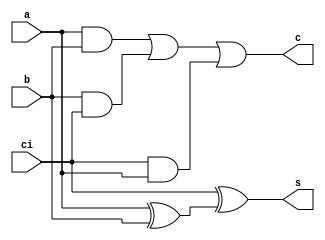
module fa(output c,s,input a,b,ci);

wire w1;

xor(w1,a,b);
xor(s,ci,w1);
or(c,a&b,b&ci,ci&a);

endmodule